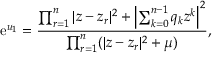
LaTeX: \mathrm { e } ^ { u _ { 1 } } = { \frac { \prod _ { r = 1 } ^ { n } | z - z _ { r } | ^ { 2 } + \left| \sum _ { k = 0 } ^ { n - 1 } q _ { k } z ^ { k } \right| ^ { 2 } } { \prod _ { r = 1 } ^ { n } ( | z - z _ { r } | ^ { 2 } + \mu ) } } ,